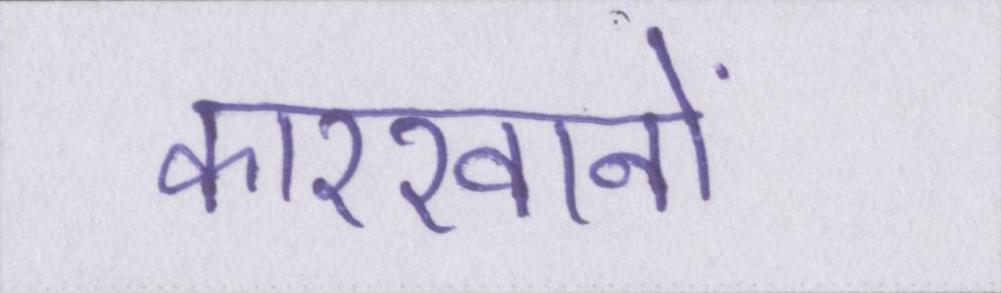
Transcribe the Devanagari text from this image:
कारखानों